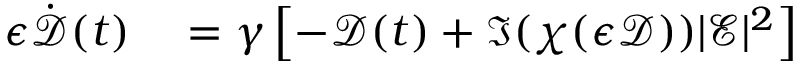
\begin{array} { r l } { \epsilon \dot { \mathcal { D } } ( t ) } & { { } = \gamma \left[ - \mathcal { D } ( t ) + \Im ( \chi ( \epsilon \mathcal { D } ) ) | \mathcal { E } | ^ { 2 } \right] } \end{array}